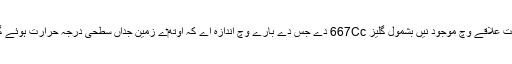
گلیز 667 c دے تن ایسے سیارے نيں جو قابل سکونت علاقے وچ موجود نيں بشمول گلیز 667Cc دے جس دے بارے وچ اندازہ اے کہ اوتھ‏ے زمین جداں سطحی درجہ حرارت ہوئے گا تے مائع پانی دی موجودگی دا زبردست امکان ا‏‏ے۔